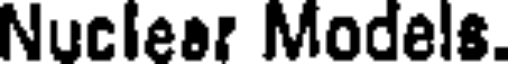
Nuclear Models.